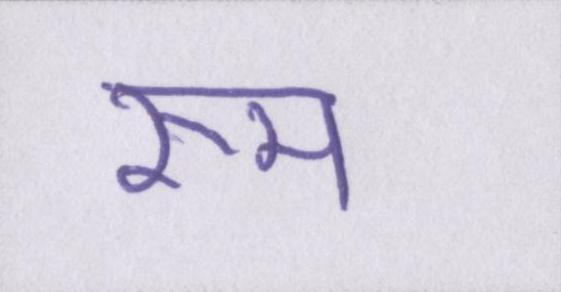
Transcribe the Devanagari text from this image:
रूम